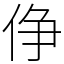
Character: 鿇